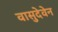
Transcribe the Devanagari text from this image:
वासुदेवेन